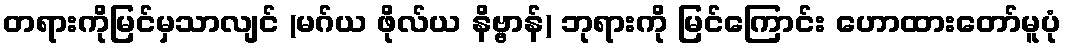
တရားကိုမြင်မှသာလျင် (မဂ်ယ ဖိုလ်ယ နိဗ္ဗာန်) ဘုရားကို မြင်ကြောင်း ဟောထားတော်မူပုံ